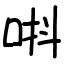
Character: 唞